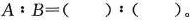
$$A﹔B = ( )：( )$$。